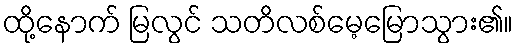
ထို့နောက် မြလွင် သတိလစ်မေ့မြောသွား၏။